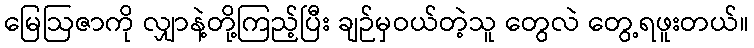
မြေဩဇာကို လျှာနဲ့တို့ကြည့်ပြီး ချဉ်မှဝယ်တဲ့သူ တွေလဲ တွေ့ရဖူးတယ်။